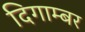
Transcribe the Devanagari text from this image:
दिगाम्बर